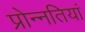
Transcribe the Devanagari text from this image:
प्रोन्नतियां